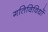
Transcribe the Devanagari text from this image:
गतिविविधों